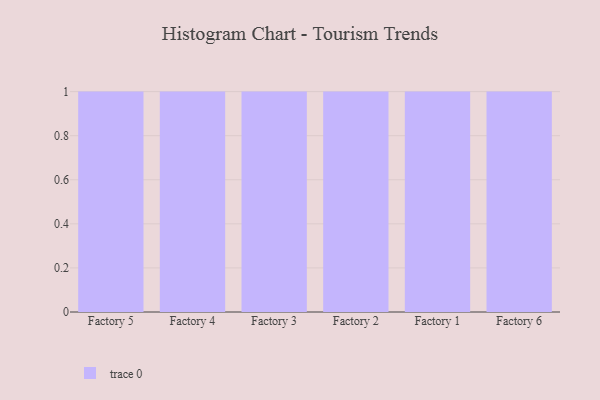
{"axis": {"x": "Factory", "y": "Budget (USD K)"}, "legend": [""], "data": [{"x": "Factory 5", "y": 63, "type": ""}, {"x": "Factory 4", "y": 68, "type": ""}, {"x": "Factory 3", "y": 16, "type": ""}, {"x": "Factory 2", "y": 40, "type": ""}, {"x": "Factory 1", "y": 72, "type": ""}, {"x": "Factory 6", "y": 41, "type": ""}]}